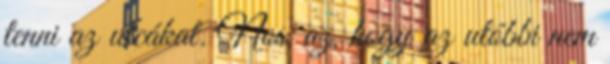
tenni az utcákat. Nos, az, hogy az utóbbi nem